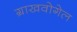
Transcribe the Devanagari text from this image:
ग्राखवोगेल